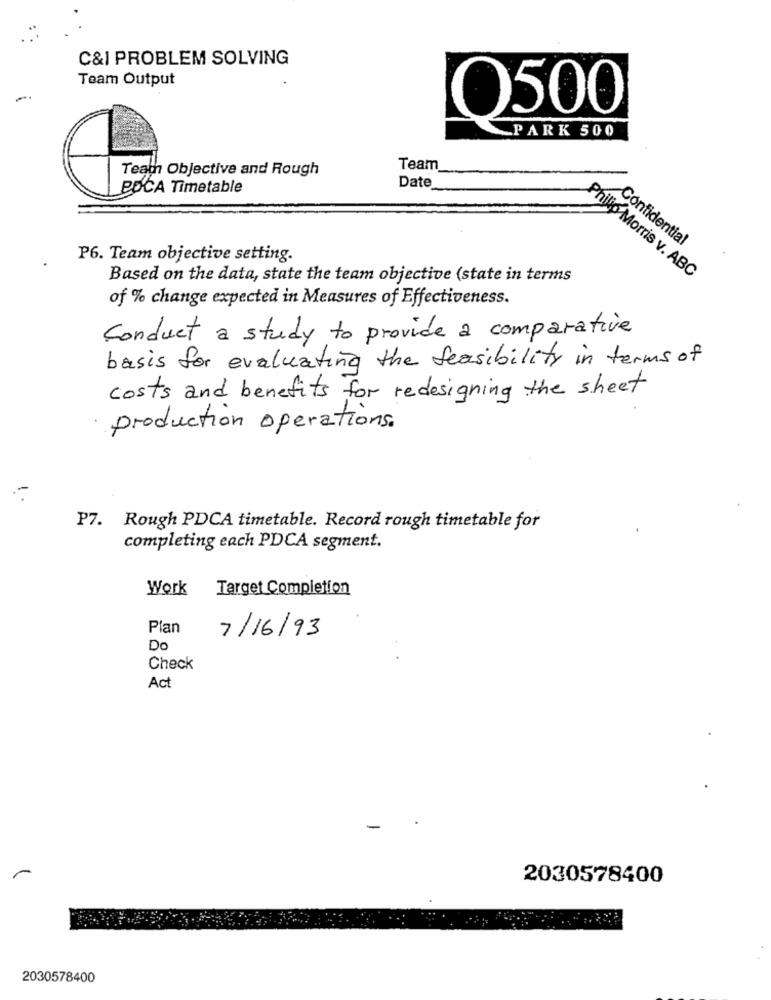
C&I PROBLEM SOLVING
Team Output
O500
PARK 500
Teain Objective and Rough
Team
PDCA Timetable
Date
Confidential
P6. Team objective setting.
Based on the data, state the team objective (state in terms
Philip Morris v. ABC
of % change expected in Measures of Effectiveness.
Conduct a study to provide a comparative
basis for evaluating the feasibility in terms of
costs and benefits for redesigning the sheet
production operations.
P7. Rough PDCA timetable. Record rough timetable for
completing each PDCA segment.
Work
Target Completion
Plan
7/16/93
Do
Check
Act
2030578400
2030578400